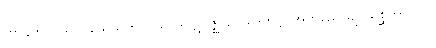
ဟာနဘာဝိယ၊ ဝိသေသဘာဂိယ၊ ဒုပ္ပဋိဝိဇ္ဈ၊ ဥပ္ပါဒေတဗ္ဗ၊ အဘိညေယျ၊ သစ္ဆိကာတဗ္ဗ၊